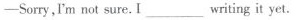
-Sorry,I'm not sure.I_ writing it yet.